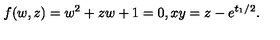
f ( w , z ) = w ^ { 2 } + z w + 1 = 0 , x y = z - e ^ { t _ { 1 } / 2 } .